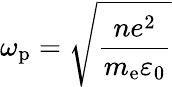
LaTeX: \omega_{\mathrm{p}}=\sqrt{\frac{ne^{2}}{m_{\mathrm{e}}\varepsilon_{0}}}